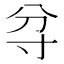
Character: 𱚝